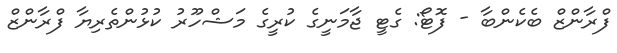
ފްރާންޒް ބެކެންބާ - ފޮޓޯ: ގެޓީ ޖާމަނީގެ ކުރީގެ މަޝްހޫރު ކުޅުންތެރިޔާ ފްރާންޒް